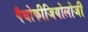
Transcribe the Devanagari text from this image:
पैथोफीजियोलोजी